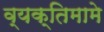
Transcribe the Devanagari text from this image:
व्यक्तिमामे